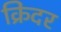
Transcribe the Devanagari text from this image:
क्रिंदर